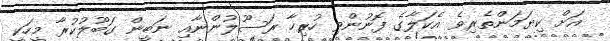
އަށް ކިޔަމަންތެރިވެ އެކަލާގެ ފޮނުންވި ހުރިހާ ރަސޫލުންނާއި ނަބީން ގަބޫލުކުރާ މީހަކީ